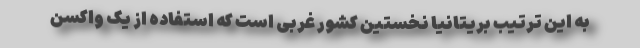
به این ترتیب بریتانیا نخستین کشور غربی است که استفاده از یک واکسن